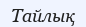
Тайлық